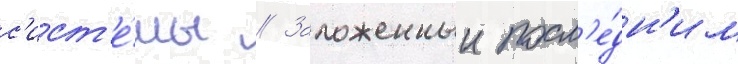
с'ист'е́мы // Заложенныи посл'е́дн'им